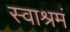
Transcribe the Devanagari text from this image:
स्वाश्रमं